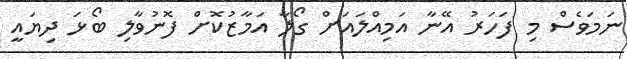
ނަމަވެސް މި ފަހަރު އޭނާ އަމިއްލައަށް ގޯލާ އަމާޒުކޮށް ފޮނުވާލި ބޯޅަ ދިޔައީ